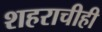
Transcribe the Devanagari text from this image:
शहराचीही